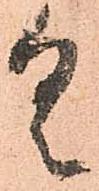
具